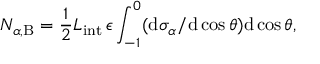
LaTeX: N _ { \alpha , \mathrm { B } } = \frac { 1 } { 2 } { \cal L } _ { \mathrm { i n t } } \, \epsilon \int _ { - 1 } ^ { 0 } ( \mathrm { d } \sigma _ { \alpha } / \mathrm { d } \cos \theta ) \mathrm { d } \cos \theta ,